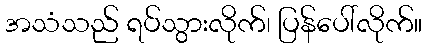
အသံသည် ရပ်သွားလိုက်၊ ပြန်ပေါ်လိုက်။